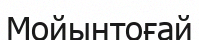
Мойынтоғай